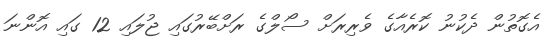
އެގޮތުން ދެކުނު ކޮރެއާގެ ވެރިރަށް ސޯލްގެ ރަށްބޭރުގައި ޖުލައި 12 ގައި އޮންނަ